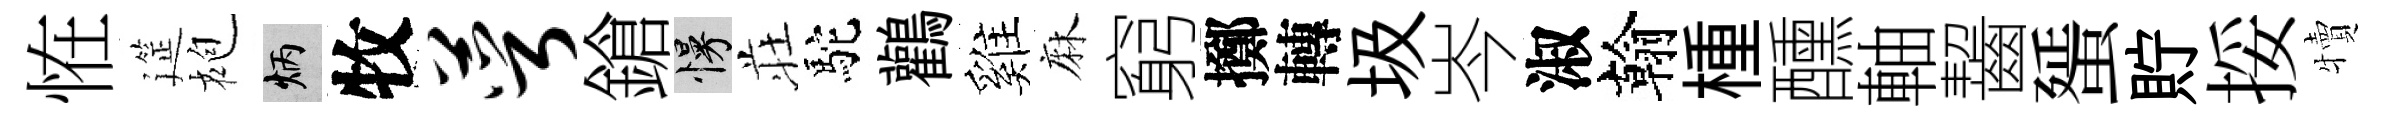
恠筵袍炳牧萼鎗慢荘駝鸛雞麻窮擲轉圾岑淑翰㮔醺軸齧蜑貯挼犢